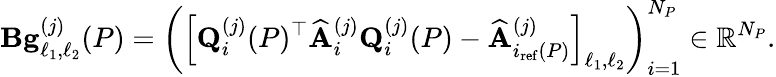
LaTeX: \mathbf{B}\mathbf{g}_{\ell_{1},\ell_{2}}^{(j)}(P)=\left(\left[\mathbf{Q}_{i}^{(j)}(P)^{\top}\widehat{\mathbf{A}}_{i}^{(j)}\mathbf{Q}_{i}^{(j)}(P)-\widehat{\mathbf{A}}_{i_{\mathrm{ref}}(P)}^{(j)}\right]_{\ell_{1},\ell_{2}}\right)_{i=1}^{N_{P}}\in\mathbb{R}^{N_{P}}.